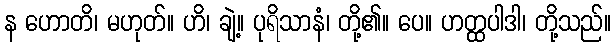
န ဟောတိ၊ မဟုတ်။ ဟိ၊ ချဲ့။ ပုရိသာနံ၊ တို့၏။ ပေ။ ဟတ္ထပါဒါ၊ တို့သည်။